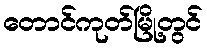
တောင်ကုတ်မြို့တွင်